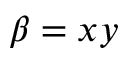
\beta = x y